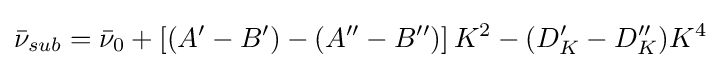
{\bar {\nu }}_{sub}={\bar {\nu }}_{0}+\left[(A^{\prime }-B^{\prime })-(A^{\prime \prime }-B^{\prime \prime })\right]K^{2}-(D_{K}^{\prime }-D_{K}^{\prime \prime })K^{4}